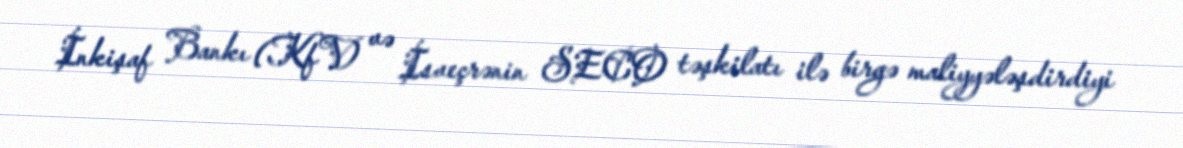
İnkişaf Bankı (KfV) və İsveçrənin SECO təşkilatı ilə birgə maliyyələşdirdiyi